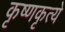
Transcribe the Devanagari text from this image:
कृष्णकृत्ये